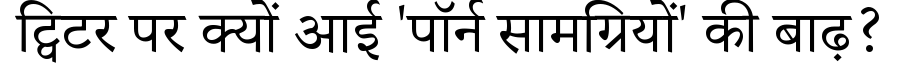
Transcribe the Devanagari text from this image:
ट्विटर पर क्यों आई 'पॉर्न सामग्रियों' की बाढ़?